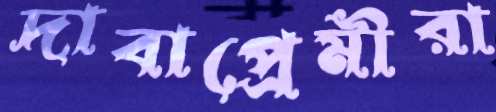
দাবাপ্রেমীরা